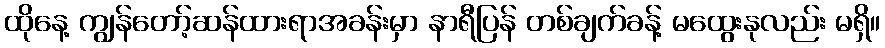
ထိုနေ့ ကျွန်တော့်ဆန်ထားရာအခန်းမှာ နာရီပြန် တစ်ချက်ခန့် မထွေးနုလည်း မရှိ။